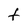
Character: t